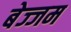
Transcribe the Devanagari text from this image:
बेज्जम